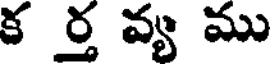
క ర్త వ్య ము